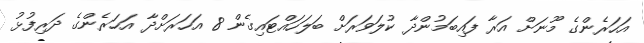
އަހަރެންގެ މޫނަށް އަރާ ފައިބަމުންދާ ކުލަވަރަށް ބަލަހައްޓައިގެން 8 އަހަރަށްދާ އަހަރެންގެ ދަރިފުޅު